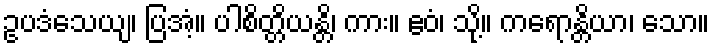
ဥပဒံသေယျ၊ ပြအံ့။ ပါစိတ္တိယန္တိ၊ ကား။ ဧဝံ၊ သို့။ ကရောန္တိယာ၊ သော။